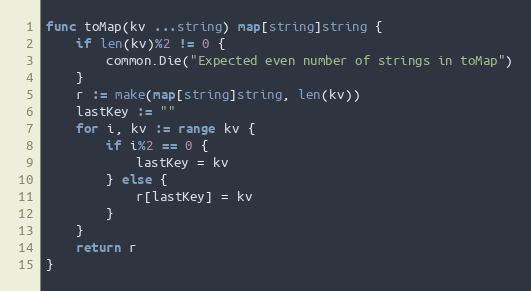
Language: Go
func toMap(kv ...string) map[string]string {
	if len(kv)%2 != 0 {
		common.Die("Expected even number of strings in toMap")
	}
	r := make(map[string]string, len(kv))
	lastKey := ""
	for i, kv := range kv {
		if i%2 == 0 {
			lastKey = kv
		} else {
			r[lastKey] = kv
		}
	}
	return r
}